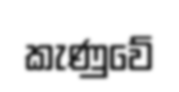
කැණුවේ